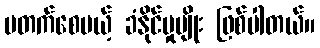
မတက်စေမယ့် ခံနိုင်မှုမျိုး ဖြစ်ပါတယ်။